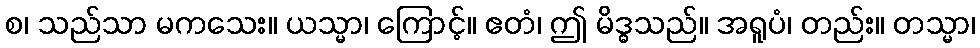
စ၊ သည်သာ မကသေး။ ယသ္မာ၊ ကြောင့်။ ဧတံ၊ ဤ မိဒ္ဓသည်။ အရူပံ၊ တည်း။ တသ္မာ၊